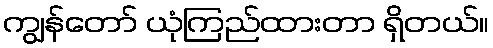
ကျွန်တော် ယုံကြည်ထားတာ ရှိတယ်။